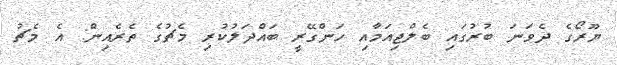
ޔޫރޯގެ ދެވަނަ ބުރުގައި ބެލްޖިއަމާއި ހަންގޭރީ ބައްދަލުކުރި މެޗުގެ ތެރެއިން: އެ މެޗު